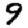
Digit: 9